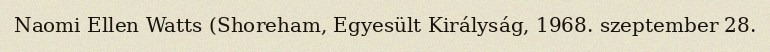
Naomi Ellen Watts (Shoreham, Egyesült Királyság, 1968. szeptember 28.